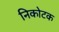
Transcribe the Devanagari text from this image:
निकोटक